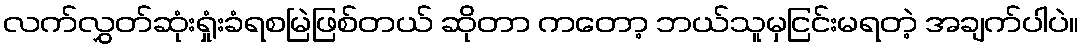
လက်လွှတ်ဆုံးရှုံးခံရစမြဲဖြစ်တယ် ဆိုတာ ကတော့ ဘယ်သူမှငြင်းမရတဲ့ အချက်ပါပဲ။